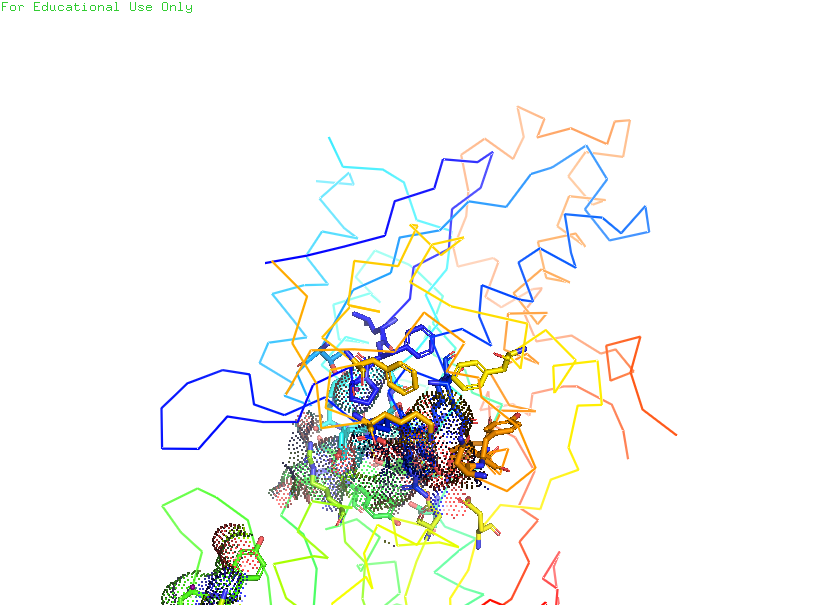
pymol, preset, ligand_sites_dots